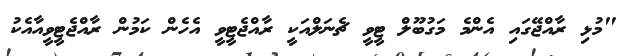
"މުޅި ރާއްޖޭގައި އެންމެ މަގުބޫލް ޓީވީ ޗެނަލްއަކީ ރާއްޖެޓީވީ އެހެން ކަމުން ރާއްޖެޓީވީއާއެކު